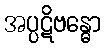
အပ္ပဋိဗန္ဓော